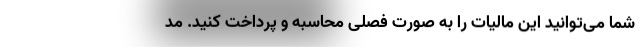
شما می‌توانید این مالیات را به صورت فصلی محاسبه و پرداخت کنید. مد